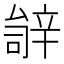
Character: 𬨚